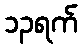
၁၃ရက်